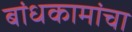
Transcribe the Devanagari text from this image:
बांधकामांचा